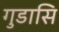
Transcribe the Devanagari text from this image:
गुडासि